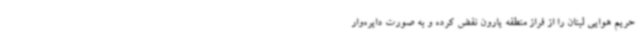
حریم هوایی لبنان را از فراز منطقه یارون نقض کرده و به صورت دایره‌وار